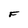
Character: F